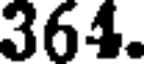
364.